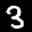
Label: 3